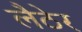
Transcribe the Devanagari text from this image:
लैठेर